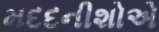
મદદનીશોએ